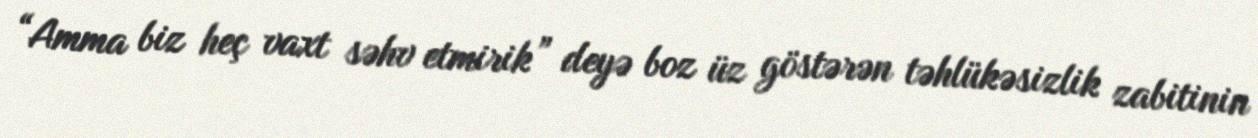
“Amma biz heç vaxt səhv etmirik” deyə boz üz göstərən təhlükəsizlik zabitinin